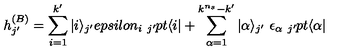
h _ { j ^ { \prime } } ^ { ( B ) } = \sum _ { i = 1 } ^ { k ^ { \prime } } | i \rangle _ { j ^ { \prime } } e p s i l o n _ { i } \ _ { j ^ { \prime } } \hspace * { - 1 p t } \langle i | + \sum _ { \alpha = 1 } ^ { k ^ { n _ { s } } - k ^ { \prime } } | \alpha \rangle _ { j ^ { \prime } } \ \epsilon _ { \alpha } \ _ { j ^ { \prime } } \hspace * { - 1 p t } \langle \alpha |